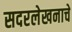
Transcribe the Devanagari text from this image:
सदरलेखनाचे